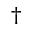
\dagger